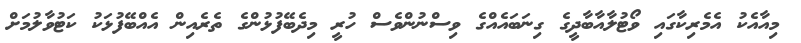
މިއާއެކު އެމެރިކާގައި ވޯޓުލާއާބާދީގެ ގިނަބައެއްގެ ވިސްނުންވެސް ހުރީ މިދެބޭފުޅުންގެ ތެރެއިން އެއްބޭފުޅަކު ކަޓުވާލުމަށް